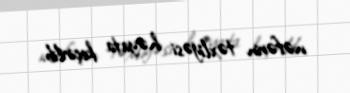
nəfərin təxliyəsi həyata keçirilib.